Report of the Bombay Plague Committee
Disease focus: Plague
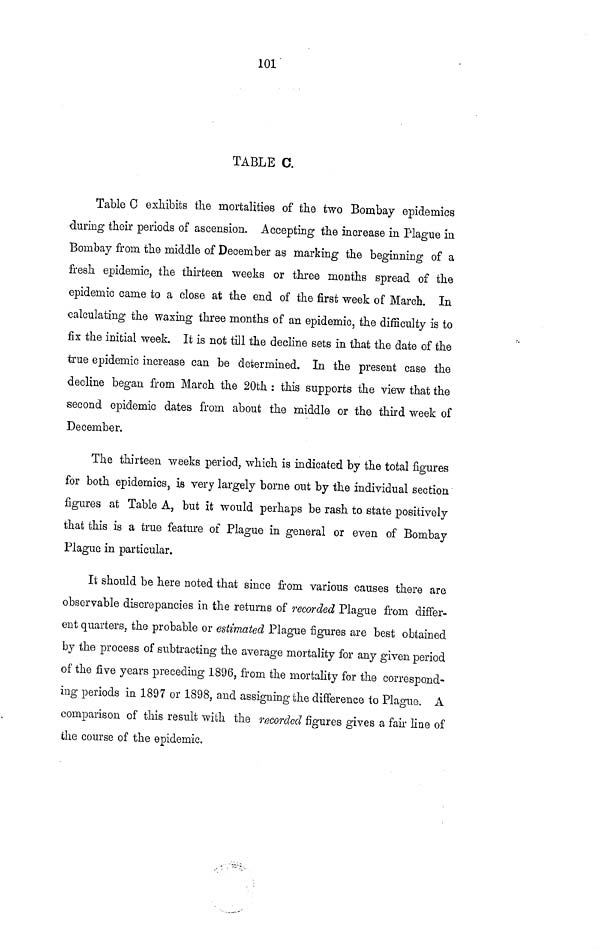
101
TABLE C.
Table C exhibits the mortalities of the two Bombay epidemics
during their periods of ascension. Accepting the increase in Plague in
Bombay from the middle of December as marking the beginning of a
fresh epidemic, the thirteen weeks or three months spread of the
epidemic came to a close at the end of the first week of March. In
calculating the waxing three months of an epidemic, the difficulty is to
fix the initial week. It is not till the decline sets in that the date of the
true epidemic increase can be determined. In the present case the
decline began from March the 20th : this supports the view that the
second epidemic dates from about the middle or the third week of
December.
The thirteen weeks period, which is indicated by the total figures
for both epidemics, is very largely borne out by the individual section
figures at Table A, but it would perhaps be rash to state positively
that this is a true feature of Plague in general or even of Bombay
Plague in particular.
It should be here noted that since from various causes there are
observable discrepancies in the returns of recorded Plague from differ-
ent quarters, the probable or estimated Plague figures are best obtained
by the process of subtracting the average mortality for any given period
of the five years preceding 1896, from the mortality for the correspond-
ing periods in 1897 or 1898, and assigning the difference to Plague. A
comparison of this result with the recorded figures gives a fair line of
the course of the epidemic.